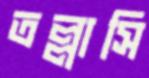
তল্লাসি